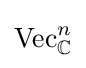
{\textrm {Vec}}_{\mathbb {C} }^{n}